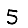
Digit: 5